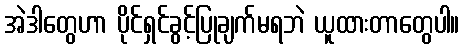
အဲဒါတွေဟာ ပိုင်ရှင်ခွင့်ပြုချက်မရဘဲ ယူထားတာတွေပါ။